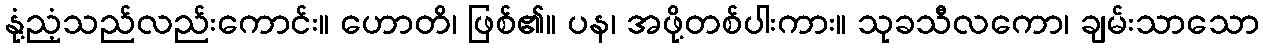
နုံ့ညံ့သည်လည်းကောင်း။ ဟောတိ၊ ဖြစ်၏။ ပန၊ အဖို့တစ်ပါးကား။ သုခသီလကော၊ ချမ်းသာသော